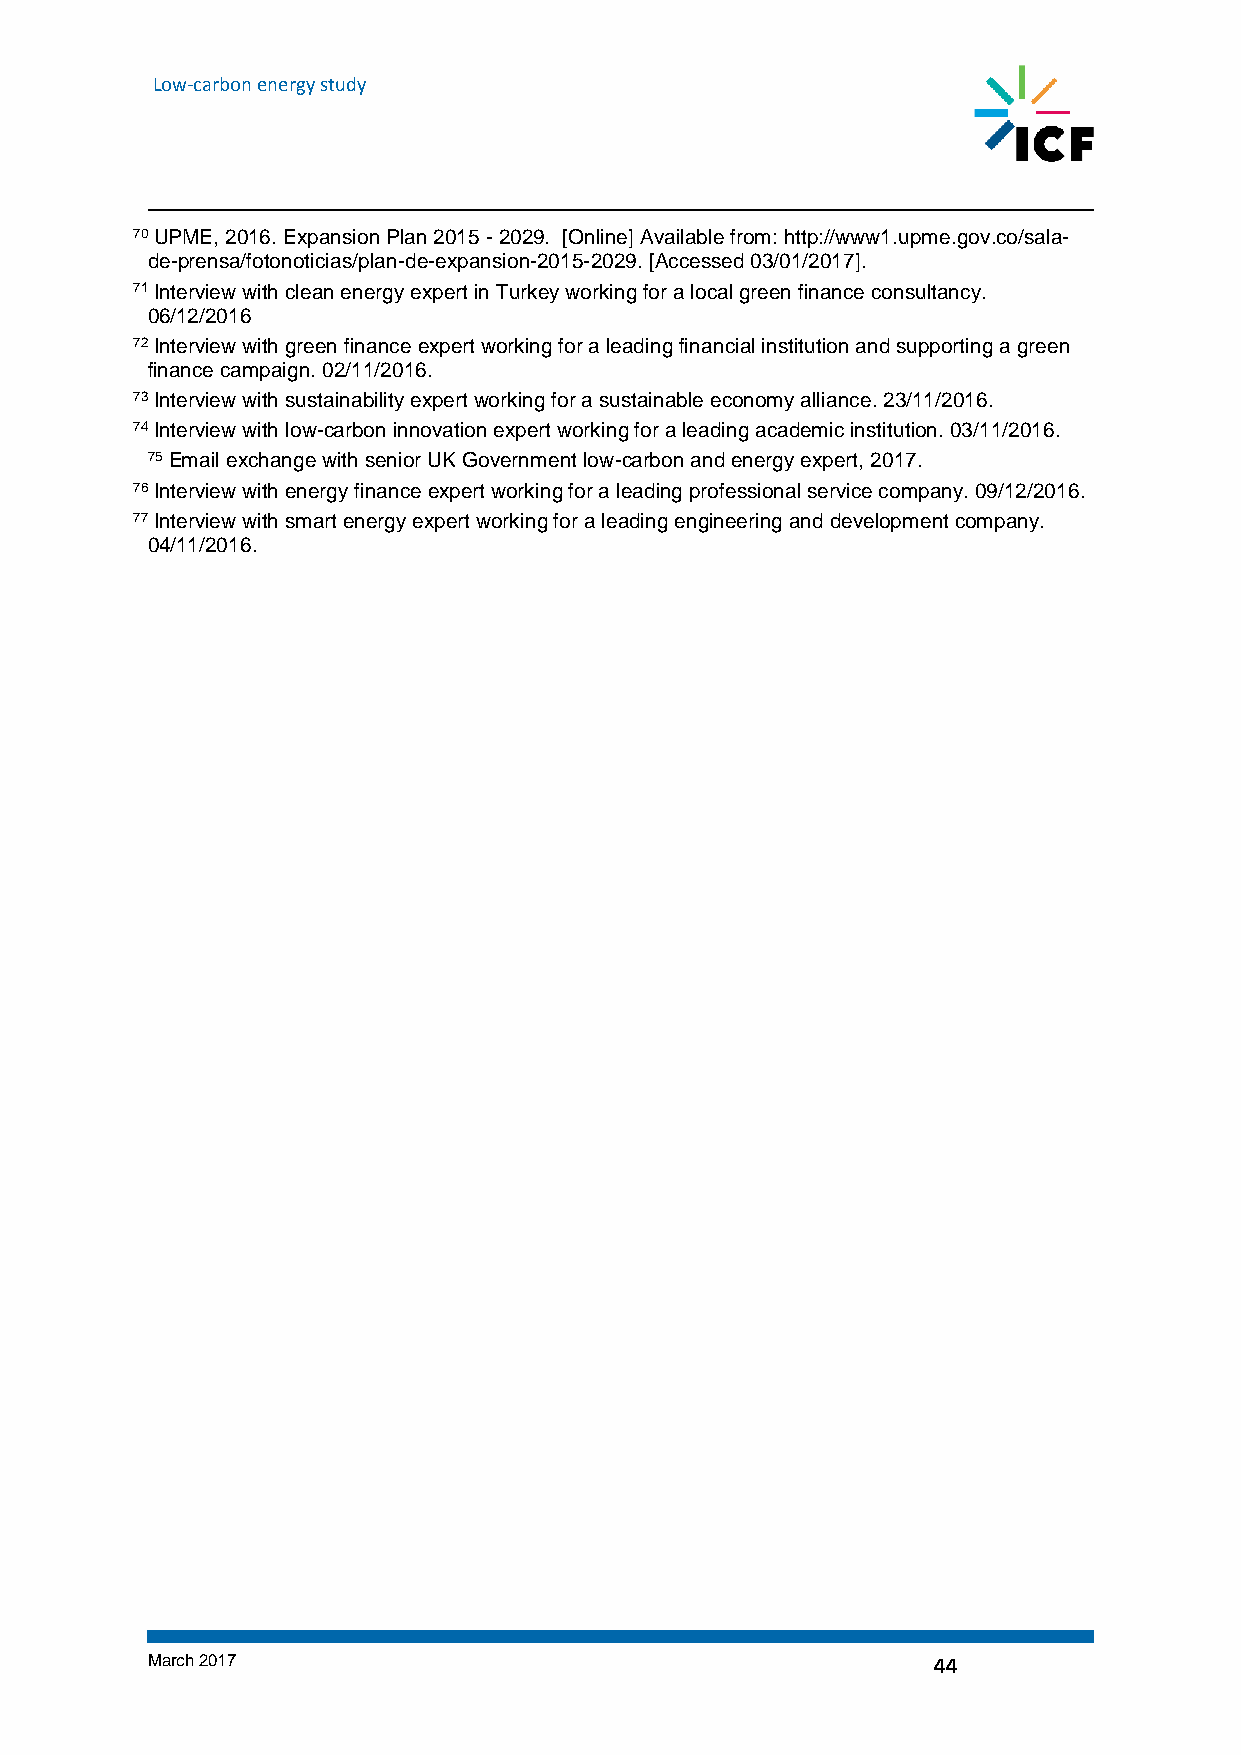
Low-carbon energy study
 70 UPME, 2016. Expansion Plan 2015 - 2029. [Online] Available from: http://www1.upme.gov.co/sala-
 de-prensa/fotonoticias/plan-de-expansion-2015-2029. [Accessed 03/01/2017].
 71 Interview with clean energy expert in Turkey working for a local green finance consultancy.
 06/12/2016
 72 Interview with green finance expert working for a leading financial institution and supporting a green
 finance campaign. 02/11/2016.
 73 Interview with sustainability expert working for a sustainable economy alliance. 23/11/2016.
 74 Interview with low-carbon innovation expert working for a leading academic institution. 03/11/2016.
 75 Email exchange with senior UK Government low-carbon and energy expert, 2017.
 76 Interview with energy finance expert working for a leading professional service company. 09/12/2016.
 77 Interview with smart energy expert working for a leading engineering and development company.
 04/11/2016.
 March 2017                                          44